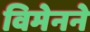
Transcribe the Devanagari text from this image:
विमेनने